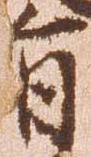
旨